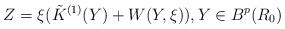
LaTeX: \begin{align*} Z= \xi (\tilde { K}^{(1)}(Y) + W(Y,\xi)), Y \in { B}^p(R_0)\end{align*}